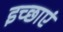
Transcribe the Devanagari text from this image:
इच्‍छाएं